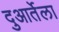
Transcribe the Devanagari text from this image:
दुआर्तेला